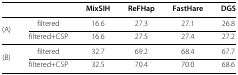
<table><thead><tr><td colspan="2"></td><td><b>MixSIH</b></td><td><b>ReFHap</b></td><td><b>FastHare</b></td><td><b>DGS</b></td></tr></thead><tbody><tr><td rowspan="2">(A)</td><td>filtered</td><td>16.6</td><td>27.3</td><td>27.1</td><td>26.8</td></tr><tr><td>filtered+CSP</td><td>16.6</td><td>27.5</td><td>27.4</td><td>27.2</td></tr><tr><td rowspan="2">(B)</td><td>filtered</td><td>32.7</td><td>69.2</td><td>68.4</td><td>67.7</td></tr><tr><td>filtered+CSP</td><td>32.5</td><td>70.4</td><td>70.0</td><td>68.6</td></tr></tbody></table>